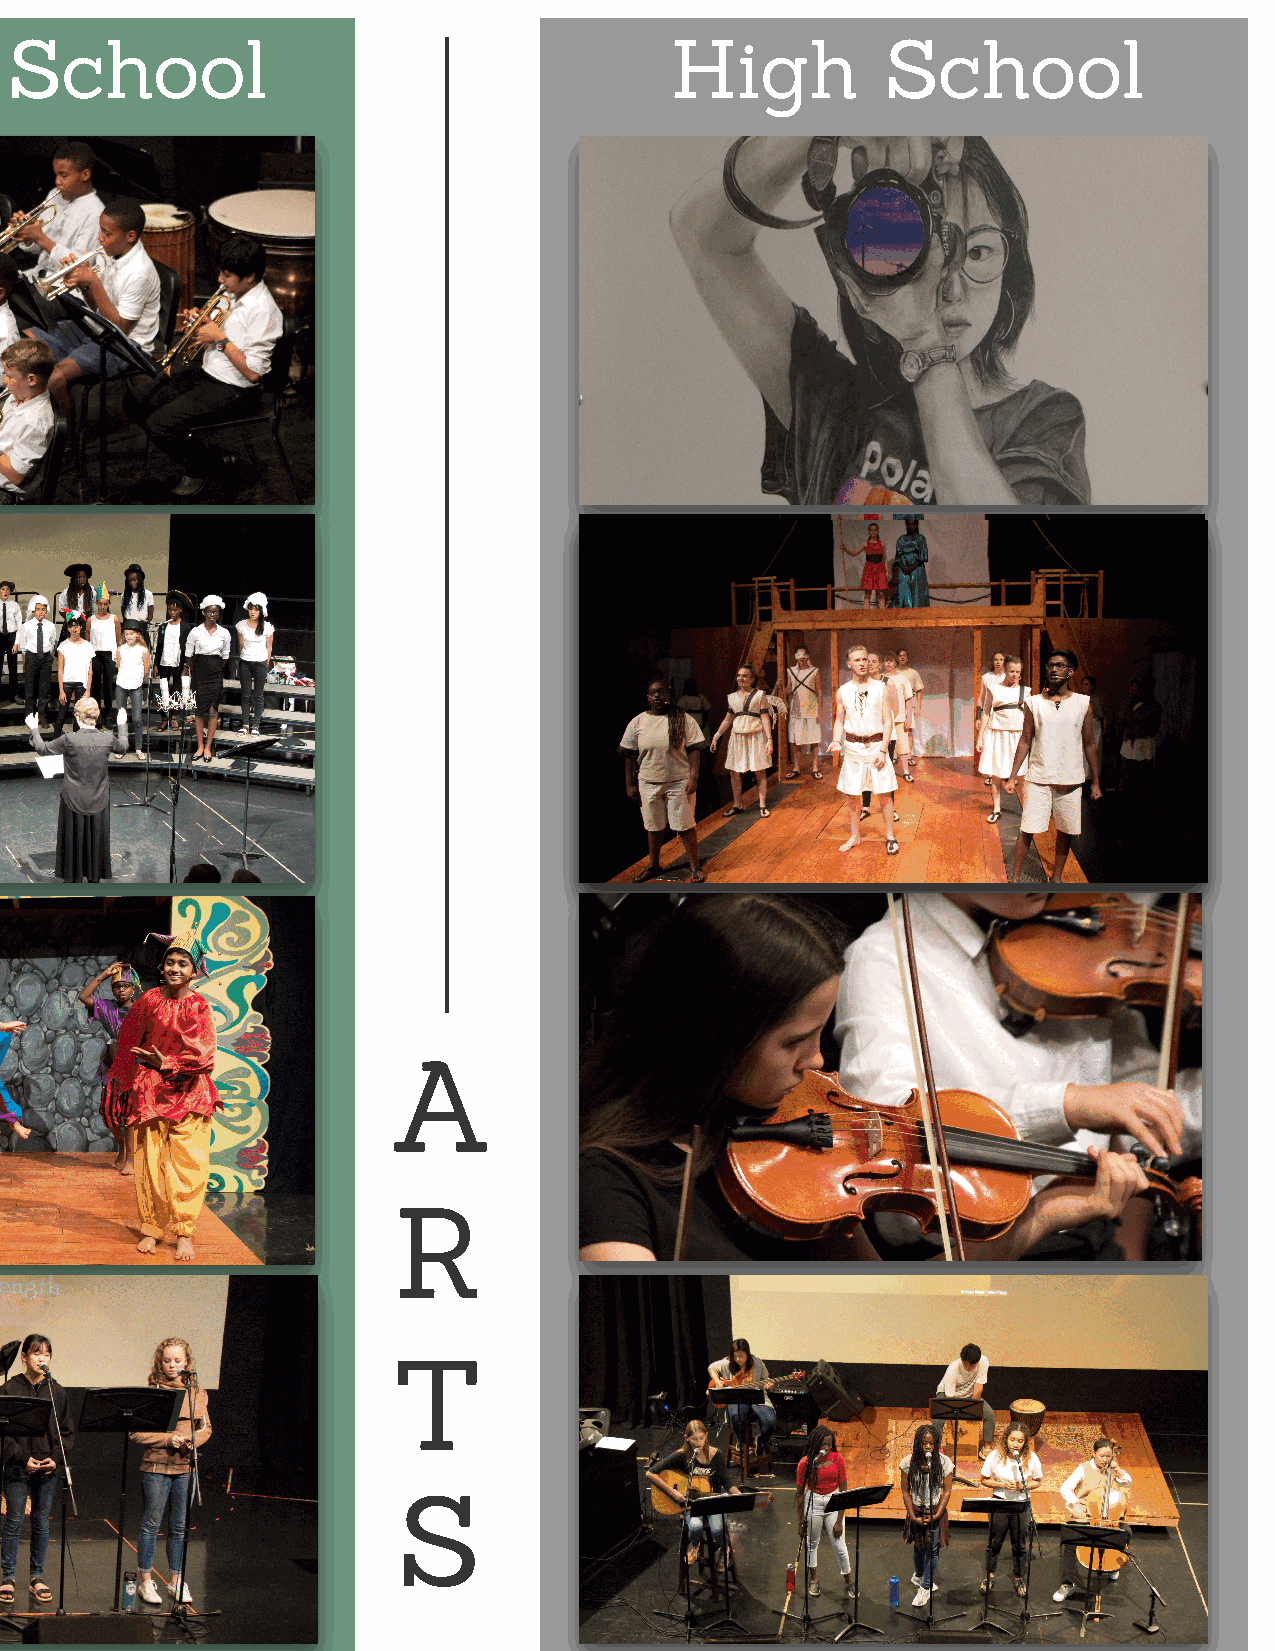
M iddle School                              H    igh       School
 A
 R
 T
 S